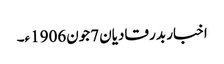
اخبار بدر قادیان 7جون1906ء۔